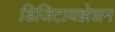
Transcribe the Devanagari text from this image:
डिजिटायझेशन